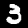
Digit: 3